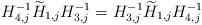
LaTeX: \begin{align*} H_{4,j}^{-1}\widetilde H_{1,j}H_{3,j}^{-1}=H_{3,j}^{-1}\widetilde H_{1,j}H_{4,j}^{-1} \end{align*}